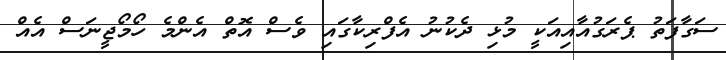
ސަގާފަތު ޕެރަގުއާއިއަކީ މުޅި ދެކުނު އެފްރިކާގައި ވެސް އޮތް އެންމެ ހޯމޯޖީނަސް އެއް